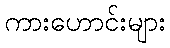
ကားဟောင်းများ